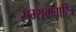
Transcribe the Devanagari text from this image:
सम्यकचारित्र